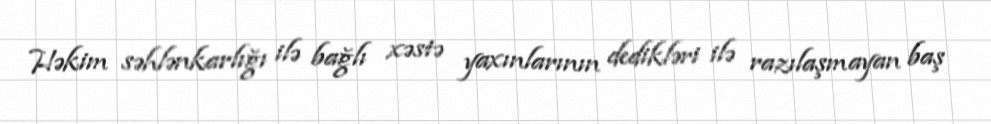
Həkim səhlənkarlığı ilə bağlı xəstə yaxınlarının dedikləri ilə razılaşmayan baş